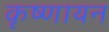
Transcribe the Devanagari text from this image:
कृष्‍णायन